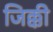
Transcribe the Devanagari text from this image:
जिक्की